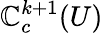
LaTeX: \mathbb{C}_{c}^{k+1}(U)